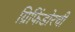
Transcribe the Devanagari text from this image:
ग्रिफिंडोरची